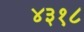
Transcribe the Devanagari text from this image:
४३१८